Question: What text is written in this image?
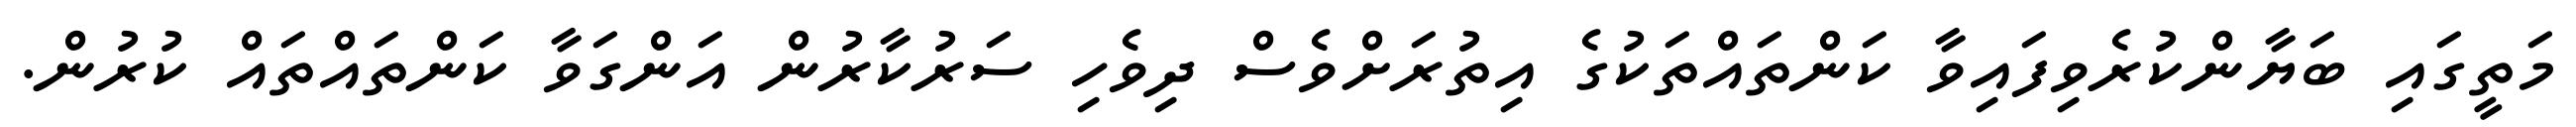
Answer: މަތީގައި ބަޔާންކުރެވިފައިވާ ކަންތައްތަކުގެ އިތުރަށްވެސް ދިވެހި ސަރުކާރުން އަންގަވާ ކަންތައްތައް ކުރުން.